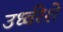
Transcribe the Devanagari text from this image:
उर्ध्वरेशे